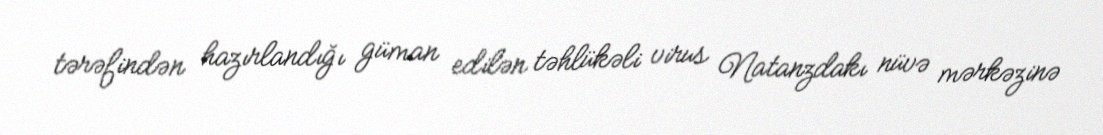
tərəfindən hazırlandığı güman edilən təhlükəli virus Natanzdakı nüvə mərkəzinə